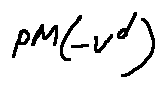
p M ( - V ^ { d } )